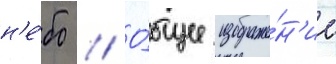
н'е́бо // О́бщее изображе́н'ие